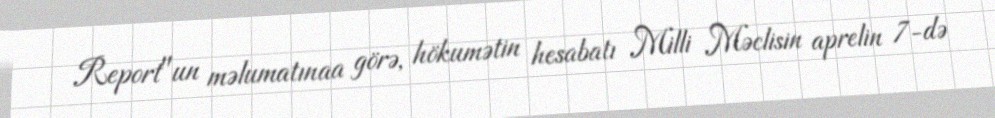
Report"un məlumatınaa görə, hökumətin hesabatı Milli Məclisin aprelin 7-də